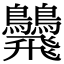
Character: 𩙾